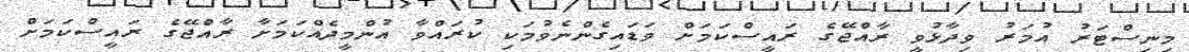
މިނިސްޓަރު އުމަރު ވިދާޅުވީ ރާއްޖޭގެ ރައީސްކަމަށް ވަޑައިގެންނެވުމަކި ކުރައްވާ އުންމީދެއްކަމަށާ ރާއްޖޭގެ ރައީސްކަމަށް